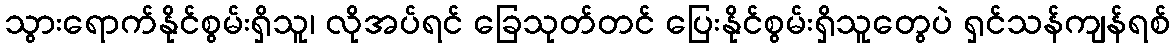
သွားရောက်နိုင်စွမ်းရှိသူ၊ လိုအပ်ရင် ခြေသုတ်တင် ပြေးနိုင်စွမ်းရှိသူတွေပဲ ရှင်သန်ကျန်ရစ်